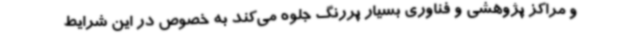
و مراکز پژوهشی و فناوری بسیار پررنگ جلوه می‌کند به خصوص در این شرایط